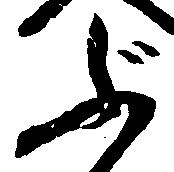
ぶ